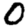
Digit: 0